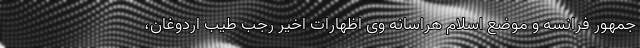
جمهور فرانسه و موضع اسلام هراسانه وی اظهارات اخیر رجب طیب اردوغان،